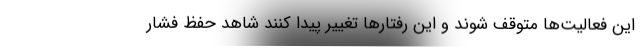
این فعالیت‌ها متوقف شوند و این رفتار‌ها تغییر پیدا کنند شاهد حفظ فشار